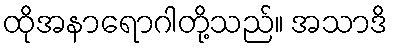
ထိုအနာရောဂါတို့သည်။ အသာဒိ